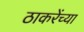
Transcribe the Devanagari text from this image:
ठाकरेंच्या